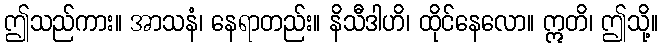
ဤသည်ကား။ အာသနံ၊ နေရာတည်း။ နိသီဒါဟိ၊ ထိုင်နေလော။ ဣတိ၊ ဤသို့။